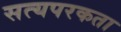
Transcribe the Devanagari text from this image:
सत्यपरकता